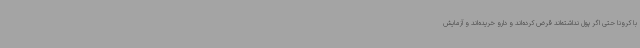
با کرونا حتی اگر پول نداشته‌اند قرض کرده‌اند و دارو خریده‌اند و آزمایش